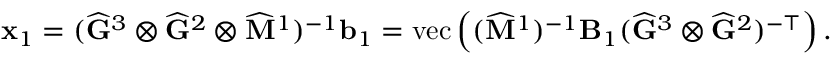
\mathbf { x } _ { 1 } = ( \widehat { \mathbf { G } } ^ { 3 } \otimes \widehat { \mathbf { G } } ^ { 2 } \otimes \widehat { \mathbf { M } } ^ { 1 } ) ^ { - 1 } \mathbf { b } _ { 1 } = \mathrm { v e c } \left( ( \widehat { \mathbf { M } } ^ { 1 } ) ^ { - 1 } \mathbf { B } _ { 1 } ( \widehat { \mathbf { G } } ^ { 3 } \otimes \widehat { \mathbf { G } } ^ { 2 } ) ^ { - \top } \right) .